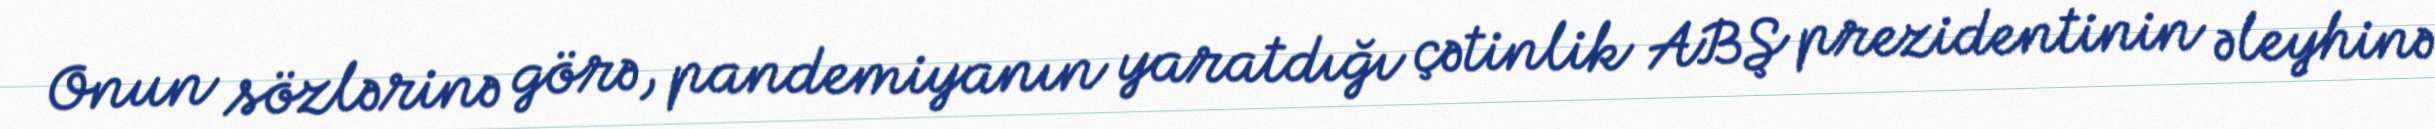
Onun sözlərinə görə, pandemiyanın yaratdığı çətinlik ABŞ prezidentinin əleyhinə